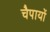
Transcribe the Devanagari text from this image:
चैपायों